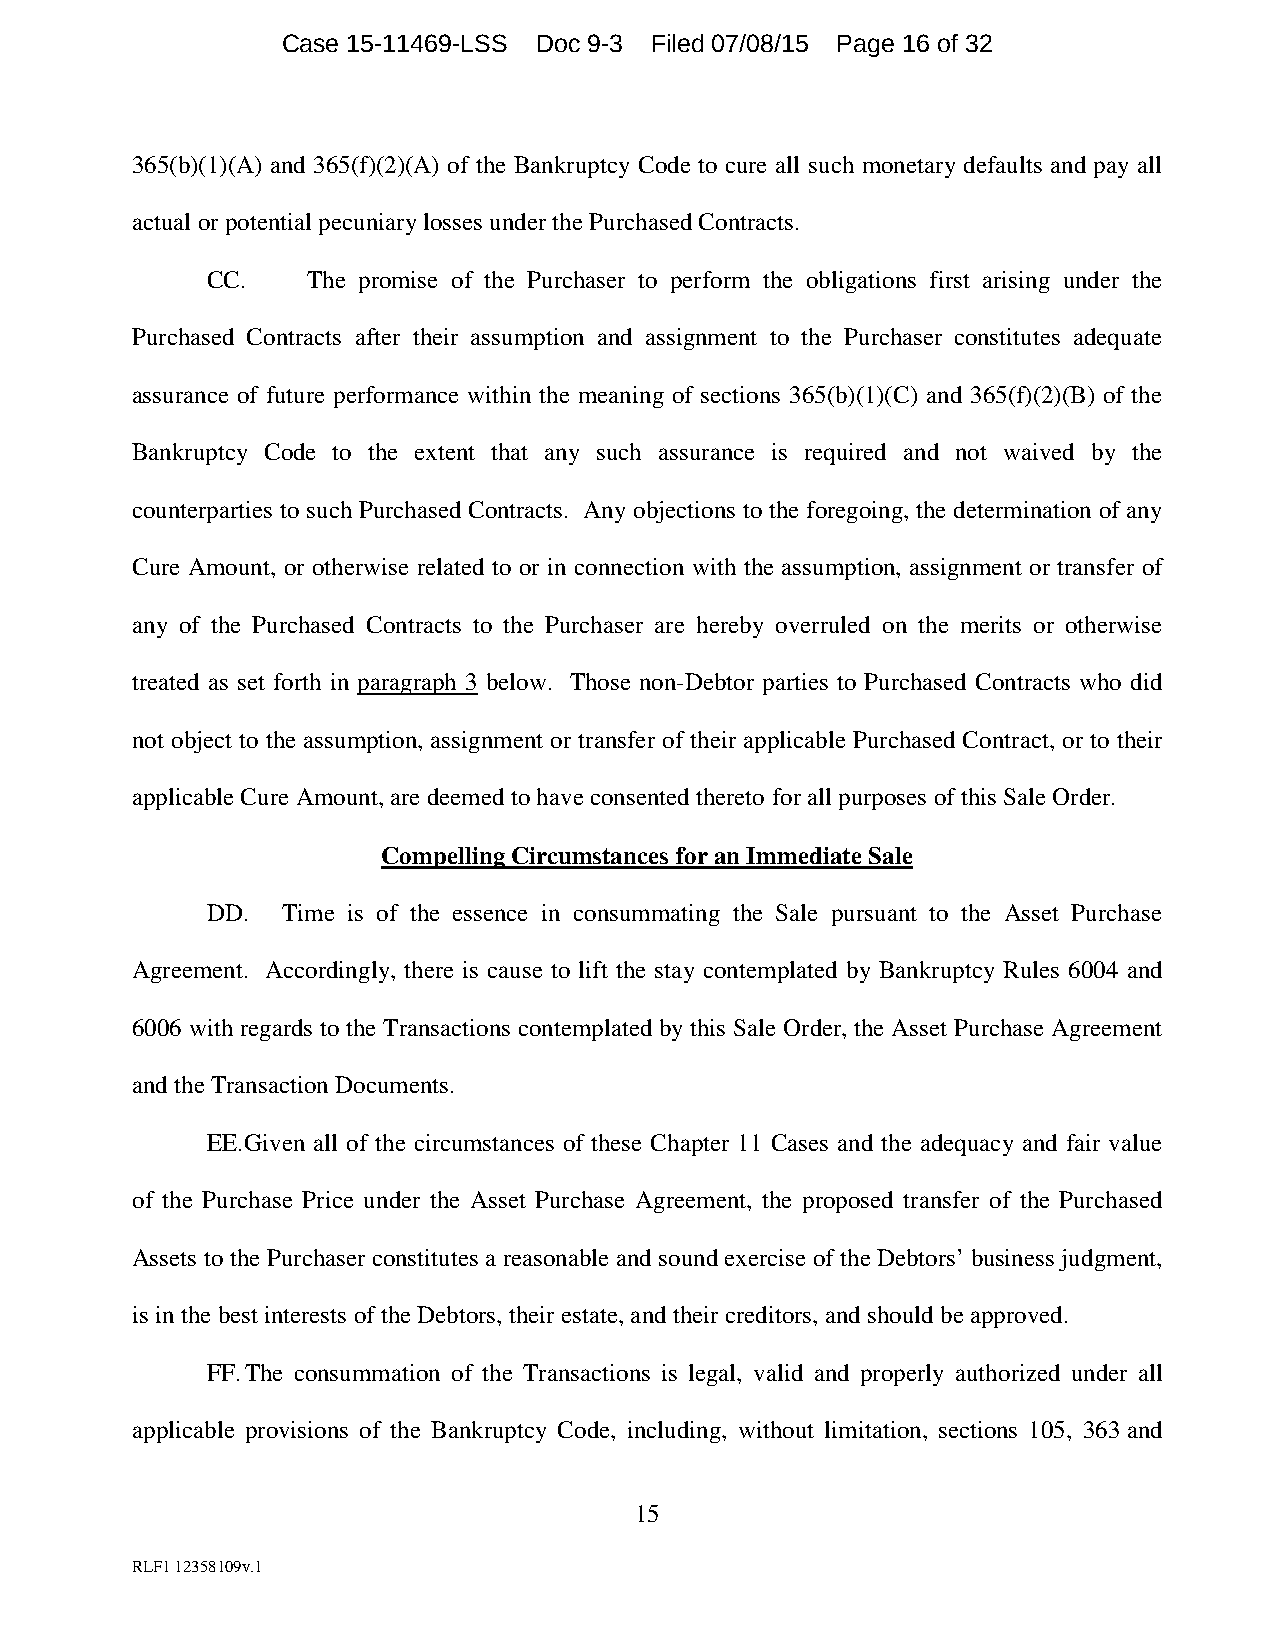
Case 15-11469-LSS Doc 9-3 Filed 07/08/15 Page 16 of 32
 365(b)(1)(A) and 365(f)(2)(A) of the Bankruptcy Code to cure all such monetary defaults and pay all
 actual or potential pecuniary losses under the Purchased Contracts.
 CC.   The promise of the Purchaser to perform the obligations first arising under the
 Purchased Contracts after their assumption and assignment to the Purchaser constitutes adequate
 assurance of future performance within the meaning of sections 365(b)(1)(C) and 365(f)(2)(B) of the
 Bankruptcy Code to the extent that any such assurance is required and not waived by the
 counterparties to such Purchased Contracts. Any objections to the foregoing, the determination of any
 Cure Amount, or otherwise related to or in connection with the assumption, assignment or transfer of
 any of the Purchased Contracts to the Purchaser are hereby overruled on the merits or otherwise
 treated as set forth in paragraph 3 below. Those non-Debtor parties to Purchased Contracts who did
 not object to the assumption, assignment or transfer of their applicable Purchased Contract, or to their
 applicable Cure Amount, are deemed to have consented thereto for all purposes of this Sale Order.
 Compelling Circumstances for an Immediate Sale
 DD.  Time is of the essence in consummating the Sale pursuant to the Asset Purchase
 Agreement. Accordingly, there is cause to lift the stay contemplated by Bankruptcy Rules 6004 and
 6006 with regards to the Transactions contemplated by this Sale Order, the Asset Purchase Agreement
 and the Transaction Documents.
 EE. Given all of the circumstances of these Chapter 11 Cases and the adequacy and fair value
 of the Purchase Price under the Asset Purchase Agreement, the proposed transfer of the Purchased
 Assets to the Purchaser constitutes a reasonable and sound exercise of the Debtors’ business judgment,
 is in the best interests of the Debtors, their estate, and their creditors, and should be approved.
 FF. The consummation of the Transactions is legal, valid and properly authorized under all
 applicable provisions of the Bankruptcy Code, including, without limitation, sections 105, 363 and
 15
 RLF1 12358109v.1